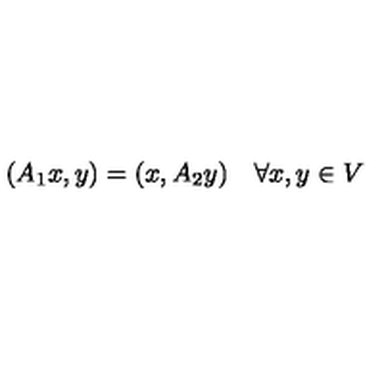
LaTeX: ( A _ { 1 } x , y ) = ( x , A _ { 2 } y ) \quad \forall x , y \in V